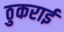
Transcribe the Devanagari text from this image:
ठुकराई